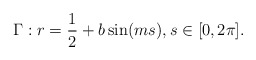
\begin{align*}\Gamma: r= \frac{1}{2} + b \sin (m s), s \in [0,2 \pi]. \end{align*}